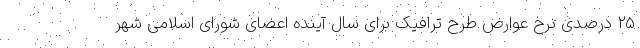
۲۵ درصدی نرخ عوارض طرح ترافیک برای سال آینده اعضای شورای اسلامی شهر